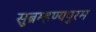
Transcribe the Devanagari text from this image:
सुब्रम्हण्यपुरम